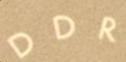
DDR